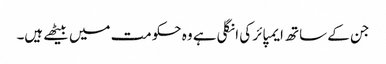
جن کے ساتھ ایمپائر کی انگلی ہے وہ حکومت میں بیٹھے ہیں۔